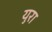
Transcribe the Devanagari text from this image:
युरा